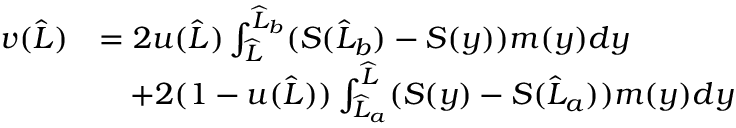
\begin{array} { r l } { v ( \widehat { L } ) } & { = 2 u ( \widehat { L } ) \int _ { \widehat { L } } ^ { \widehat { L } _ { b } } ( S ( \widehat { L } _ { b } ) - S ( y ) ) m ( y ) d y } \\ & { \quad + 2 ( 1 - u ( \widehat { L } ) ) \int _ { \widehat { L } _ { a } } ^ { \widehat { L } } ( S ( y ) - S ( \widehat { L } _ { a } ) ) m ( y ) d y } \end{array}